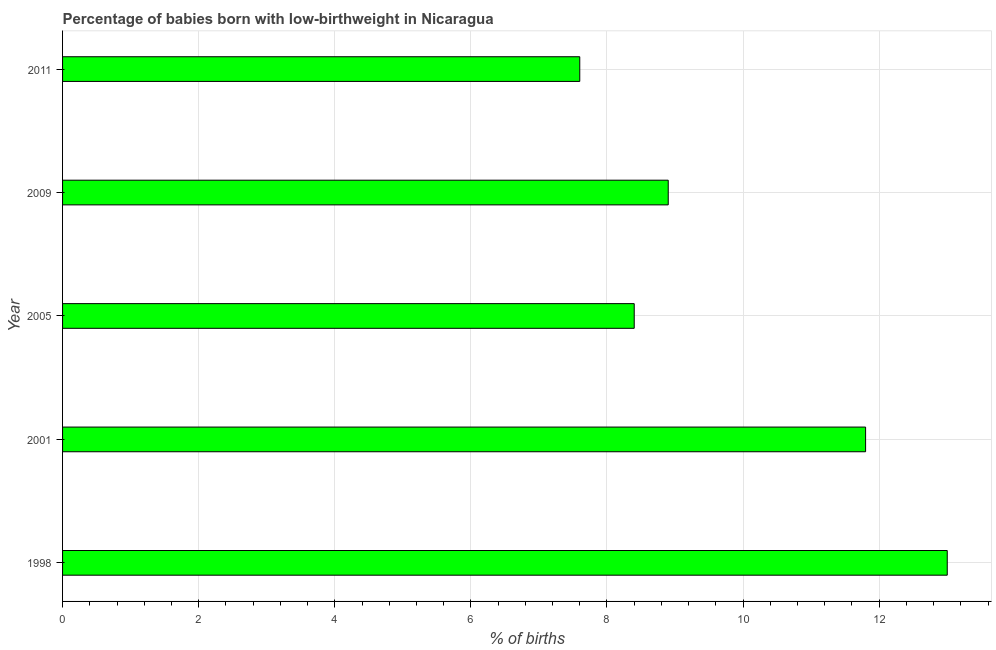
| Year | Low-birthweight babies |
 | --- | --- |
 | 1998 | 13 |
 | 2001 | 11.8 |
 | 2005 | 8.4 |
 | 2009 | 8.9 |
 | 2011 | 7.6 |